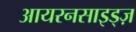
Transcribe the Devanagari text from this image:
आयरनसाइड्ज़